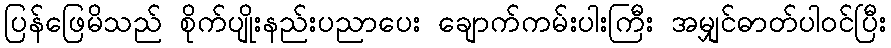
ပြန်ဖြေမိသည် စိုက်ပျိုးနည်းပညာပေး ချောက်ကမ်းပါးကြီး အမျှင်ဓာတ်ပါဝင်ပြီး